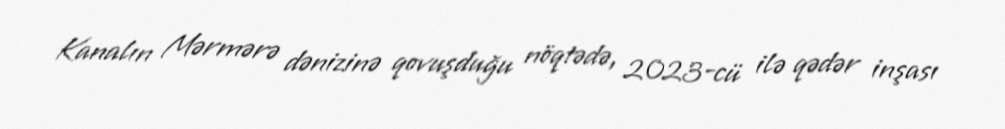
Kanalın Mərmərə dənizinə qovuşduğu nöqtədə, 2023-cü ilə qədər inşası